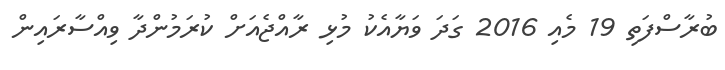
ބުރާސްފަތި 19 މެއި 2016 ގަދަ ވަޔާއެކު މުޅި ރާއްޖެއަށް ކުރަމުންދާ ވިއްސާރައިން